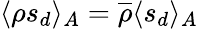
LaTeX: \langle\rho s_{d}\rangle_{A}=\overline{\rho}\langle s_{d}\rangle_{A}